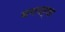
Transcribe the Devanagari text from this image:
बमबर्षा